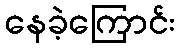
နေခဲ့ကြောင်း